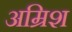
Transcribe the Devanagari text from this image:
अम्रिश